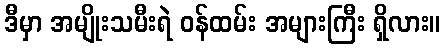
ဒီမှာ အမျိုးသမီးရဲ ဝန်ထမ်း အများကြီး ရှိလား။